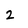
Character: 2